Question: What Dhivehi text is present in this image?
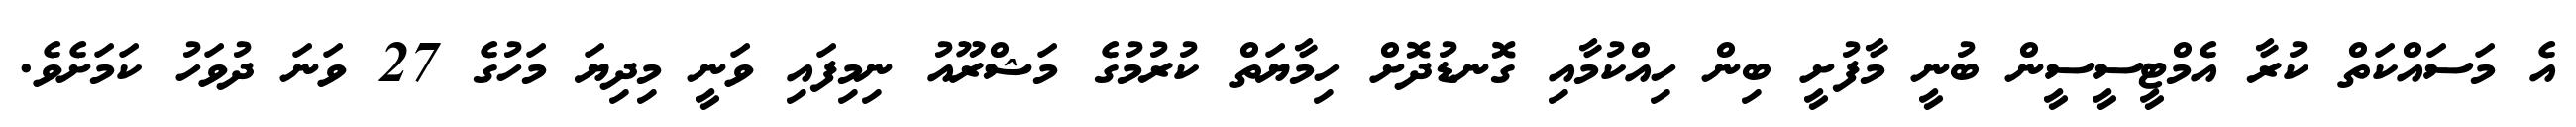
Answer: އެ މަސައްކަތް ކުރާ އެމްޓީސީސީން ބުނީ މާފުށީ ބިން ހިއްކުމާއި ގޮނޑުދޮށް ހިމާޔަތް ކުރުމުގެ މަޝްރޫއު ނިމިފައި ވަނީ މިދިޔަ މަހުގެ 27 ވަނަ ދުވަހު ކަމަށެވެ.